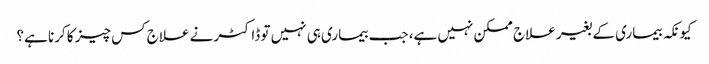
کیونکہ بیماری کے بغیر علاج ممکن نہیں ہے، جب بیماری ہی نہیں تو ڈاکٹر نے علاج کس چیز کا کرنا ہے؟